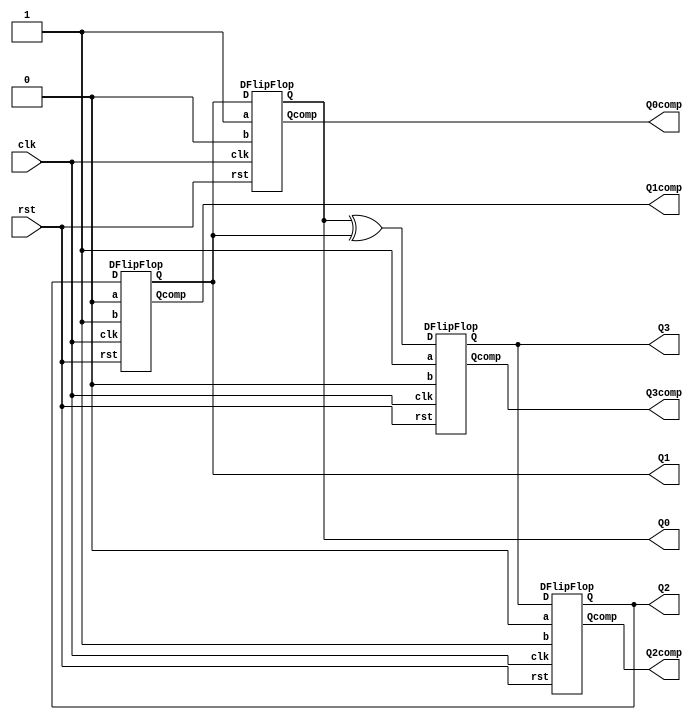
module ringcounter(Q0,Q1,Q2,Q3,Q0comp,Q1comp,Q2comp,Q3comp,clk,rst);

input clk,rst;
output Q0,Q1,Q2,Q3,Q0comp,Q1comp,Q2comp,Q3comp;
wire D0,D1,D2,D3,a,b;

assign a = 1;
assign b = 0;

buf(D0,Q1);
buf(D1,Q2);
buf(D2,Q3);
xor(D3,Q0,Q1);

DFlipFlop DQ0(Q0,Q0comp,D0,clk,rst,a,b);
DFlipFlop DQ1(Q1,Q1comp,D1,clk,rst,b,a);
DFlipFlop DQ2(Q2,Q2comp,D2,clk,rst,b,a);
DFlipFlop DQ3(Q3,Q3comp,D3,clk,rst,a,b);

endmodule

module DFlipFlop(Q,Qcomp,D,clk,rst,a,b);

input D,clk,rst,a,b;
output reg Q,Qcomp;

always @(clk | rst)
begin
   if(rst == 1)
     begin 
       Q = a;
       Qcomp = b;
     end
end

always @(posedge clk)
begin
   Q = D;
   Qcomp = ~Q;
end

endmodule